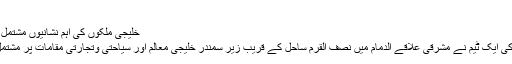
سعودی حکومت ... مزید
خلیجی ملکوں کی اہم نشانیوں مشتمل زیر آب تاریخی ورثہ عجائب گھر
سعودی عرب کے غوطہ خوروں کی ایک ٹیم نے مشرقی علاقے الدمام میں نصف القرم ساحل کے قریب زیر سمندر خلیجی معالم اور سیاحتی وتجارتی مقامات پر مشتمل ایک منفرد عجائب گھر بنایا ہے۔